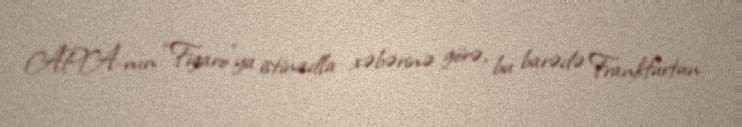
APA-nın “Figaro”ya istinadla xəbərinə görə, bu barədə Frankfurtun